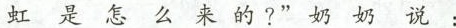
虹是怎么来的？”奶奶说：